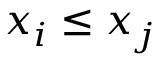
x _ { i } \leq x _ { j }